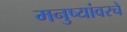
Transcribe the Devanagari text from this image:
मनुष्यांवरचे